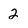
Character: 2